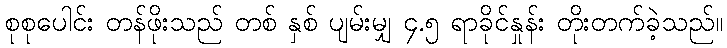
စုစုပေါင်း တန်ဖိုးသည် တစ် နှစ် ပျမ်းမျှ ၄.၅ ရာခိုင်နှုန်း တိုးတက်ခဲ့သည်။